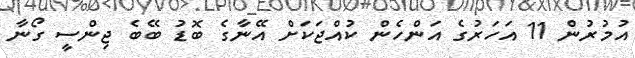
އުމުރުން 11 އަހަރުގެ އަންހެން ކުއްޖަކަށް އޭނާގެ ބޮޑު ބޭބެ ޖިންސީ ގޯނާ